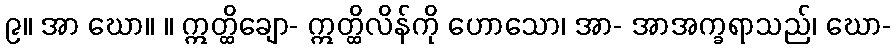
၉။ အာ ဃော။ ။ ဣတ္ထိချော- ဣတ္ထိလိန်ကို ဟောသော၊ အာ- အာအက္ခရာသည်၊ ဃော-